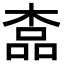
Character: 𣖎